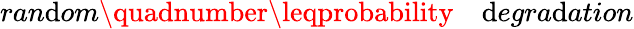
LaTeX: ran\mathrm{d}om\quadnumber\leqprobability\quad\mathrm{d}egra\mathrm{d}ation